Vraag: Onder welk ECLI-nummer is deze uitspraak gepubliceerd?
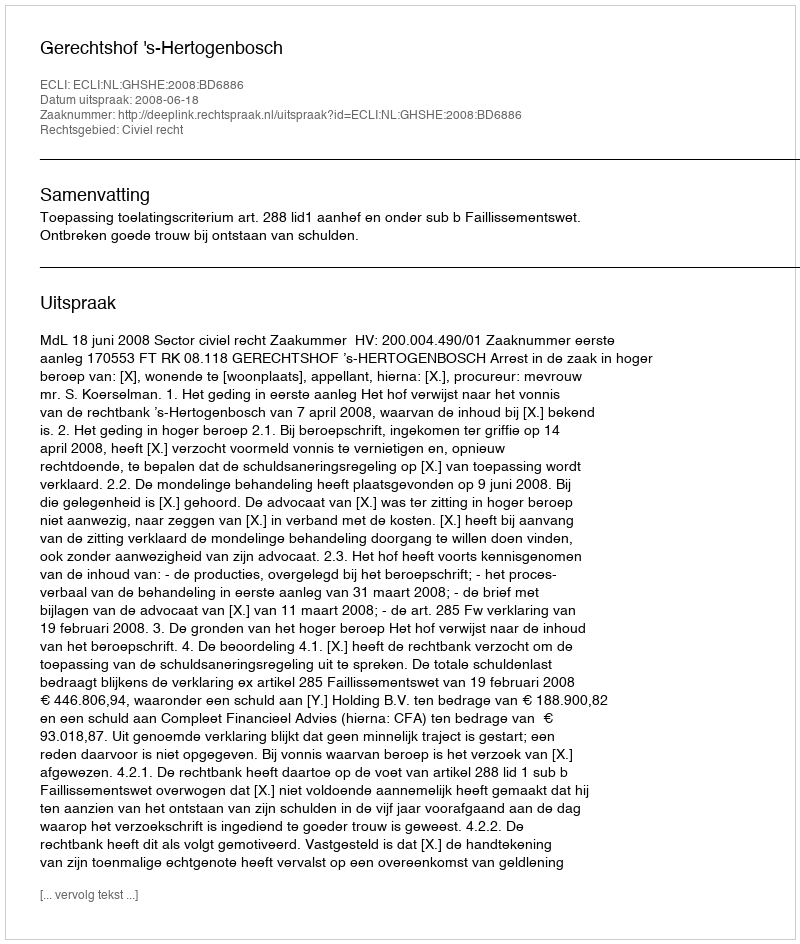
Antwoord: ECLI:NL:GHSHE:2008:BD6886